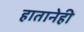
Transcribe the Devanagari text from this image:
हातानेही